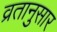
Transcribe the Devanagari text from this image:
व्रतानुसार